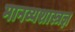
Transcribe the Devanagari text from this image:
मानव्यशास्त्रज्ञ